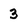
Character: 3